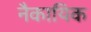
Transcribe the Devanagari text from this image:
नैकायिक